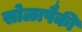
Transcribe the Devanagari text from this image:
सोळापैकी